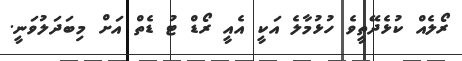
ރޯލެއް ކުޅެދޭތީވެ ހުޅުމާލެ އަކީ އެއީ ރޯޑް ޓު ޑެތް އަށް މިބަދަލުވަނީ.